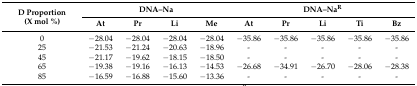
| <ROWSPAN=2> D Proportion (X mol %) | <COLSPAN=4> DNA–Na | <COLSPAN=5> DNA–NaR |
 | At | Pr | Li | Me | At | Pr | Li | Ti | Bz |
 | --- | --- | --- | --- | --- | --- | --- | --- | --- | --- |
 | 0 | −28.04 | −28.04 | −28.04 | −28.04 | −35.86 | −35.86 | −35.86 | −35.86 | −35.86 |
 | 25 | −21.53 | −21.24 | −20.63 | −18.96 | - | - | - | - | - |
 | 45 | −21.17 | −19.62 | −18.15 | −18.50 | - | - | - | - | - |
 | 65 | −19.38 | −19.16 | −16.13 | −14.53 | −26.68 | −34.91 | −26.70 | −28.06 | −28.38 |
 | 85 | −16.59 | −16.88 | −15.60 | −13.36 | - | - | - | - | - |